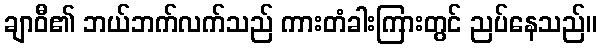
ချာဝီ၏ ဘယ်ဘက်လက်သည် ကားတံခါးကြားတွင် ညပ်နေသည်။